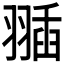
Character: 𦑣